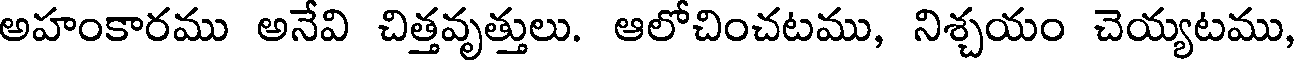
అహంకారము అనేవి చిత్తవృత్తులు. ఆలోచించటము, నిశ్చయం చెయ్యటము,